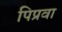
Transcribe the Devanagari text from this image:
पिप्रवा